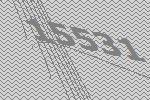
15531